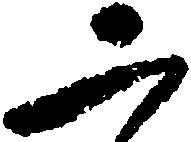
二